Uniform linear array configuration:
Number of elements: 16
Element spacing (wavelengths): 0.5
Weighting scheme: hamming
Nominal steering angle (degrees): -60
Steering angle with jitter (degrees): -58.925
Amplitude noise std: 0.05
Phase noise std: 0.05

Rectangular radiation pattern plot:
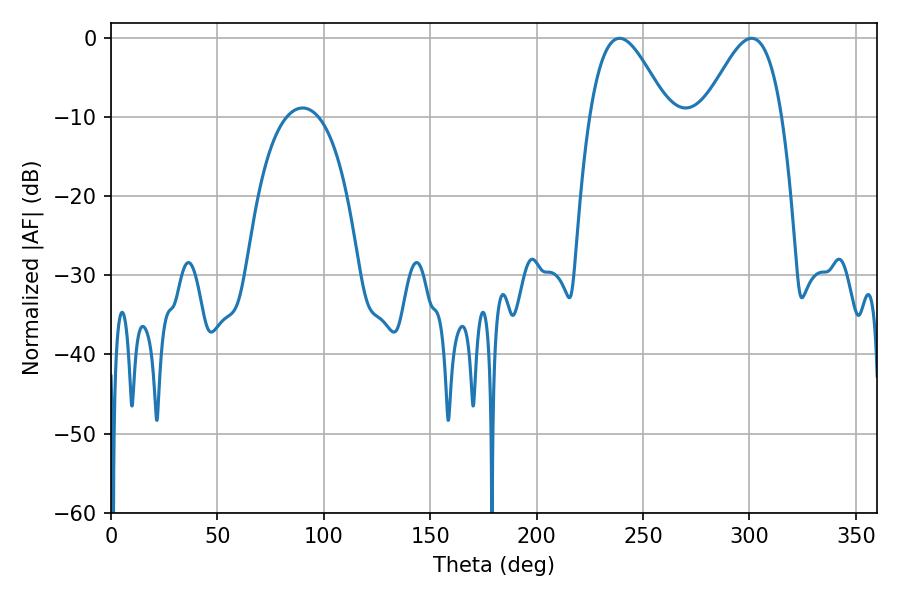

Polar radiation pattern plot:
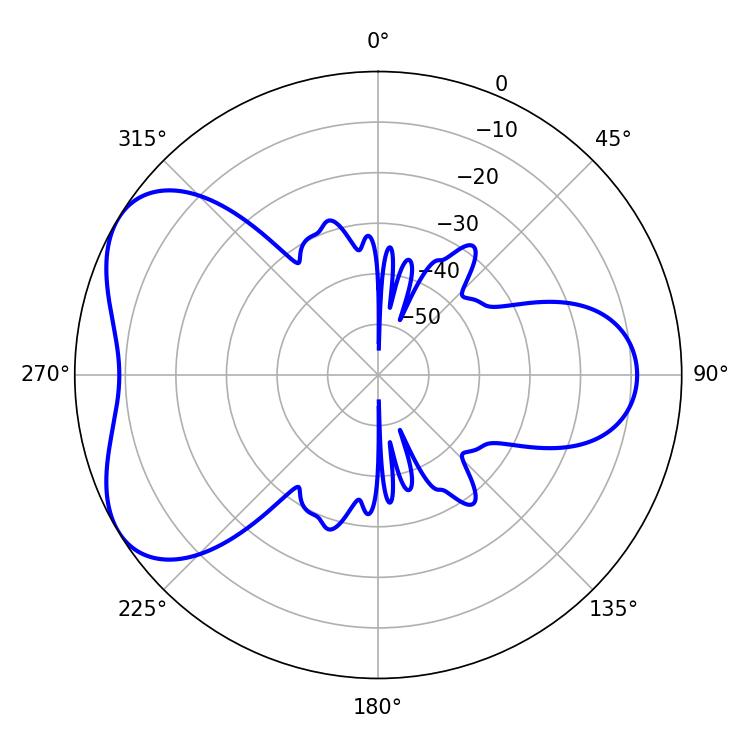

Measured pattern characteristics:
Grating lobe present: FALSE
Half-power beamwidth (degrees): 19.8
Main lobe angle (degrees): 239.04